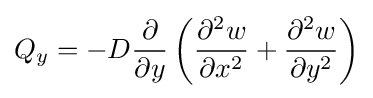
Q_{y}=-D{\frac {\partial }{\partial y}}\left({\frac {\partial ^{2}w}{\partial x^{2}}}+{\frac {\partial ^{2}w}{\partial y^{2}}}\right)